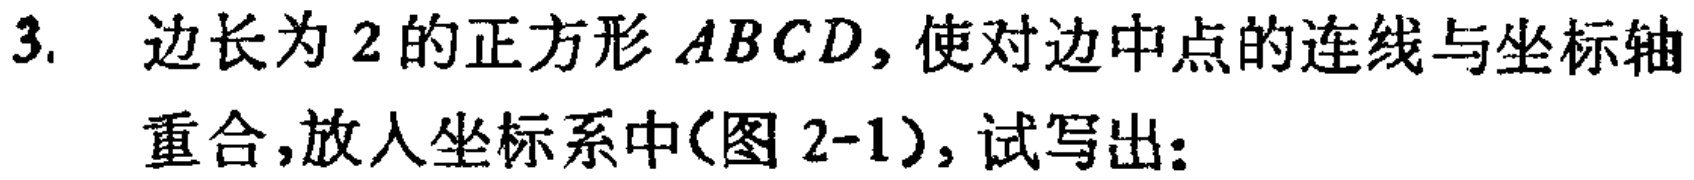
3. 边长为 2 的正方形 \(ABCD\)，使对边中点的连线与坐标轴重合，放入坐标系中(图 2-1)，试写出：